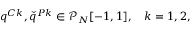
q ^ { C k } , \check { q } ^ { P k } \in \mathcal { P } _ { N } [ - 1 , 1 ] , \quad k = 1 , 2 ,